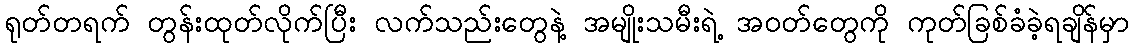
ရုတ်တရက် တွန်းထုတ်လိုက်ပြီး လက်သည်းတွေနဲ့ အမျိုးသမီးရဲ့ အဝတ်တွေကို ကုတ်ခြစ်ခံခဲ့ရချိန်မှာ